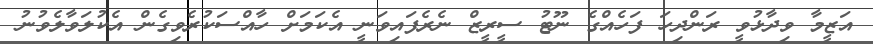
އަޒީމާ ވިދާޅުވީ ރަންދިހަ ފަހެއްގެ ނޫޓު ސީރީޒް ނެރެފައިވަނީ އެކަމަށް ހާއްސަކުރެވިގެން އެކުލަވާލެވުނު